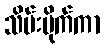
သိမ်းပိုက်ကာ